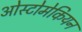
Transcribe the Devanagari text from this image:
ओस्टोमेकियन